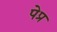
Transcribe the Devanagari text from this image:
पेप्र